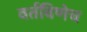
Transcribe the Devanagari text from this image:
वर्तविणेच